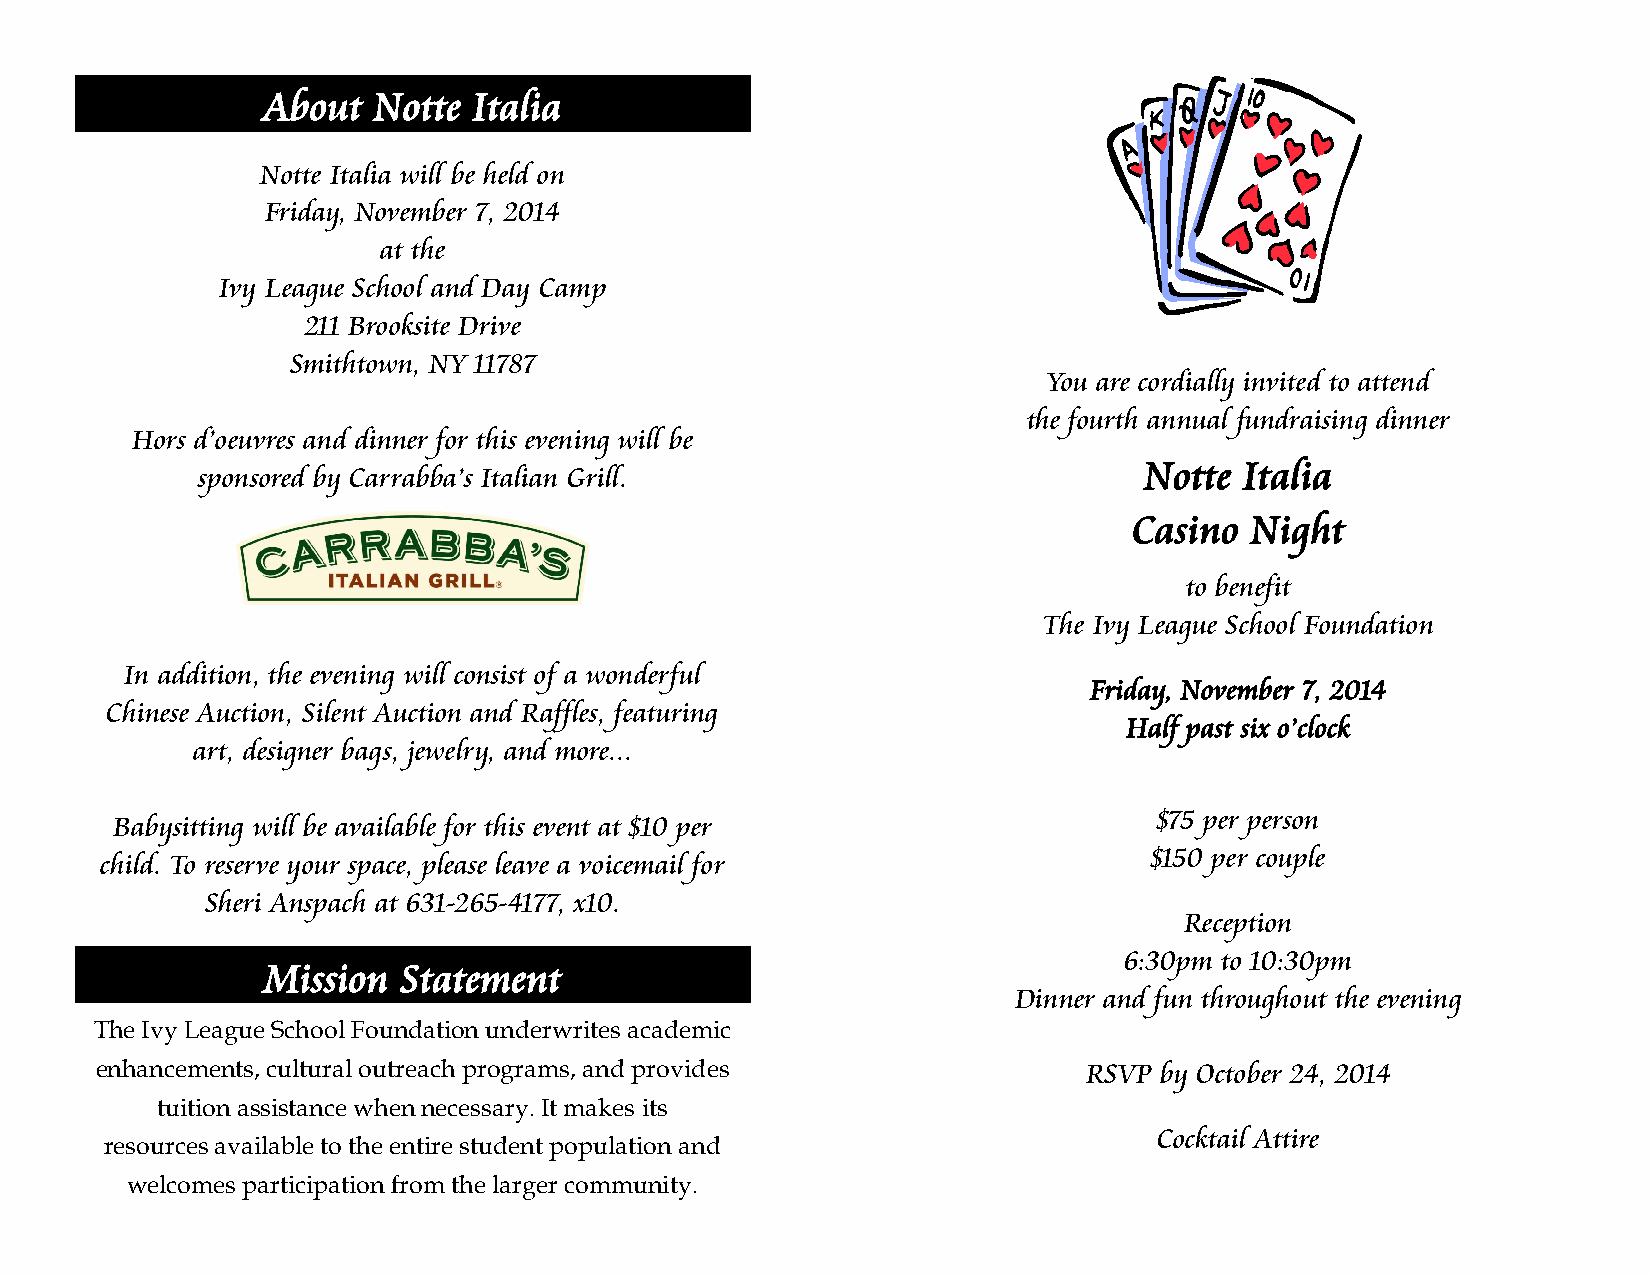
About   Notte Italia
 Notte Italia will be held on
 Friday, November 7, 2014
 at the
 Ivy League School and Day Camp
 211 Brooksite Drive
 Smithtown, NY 11787
 You are cordially invited to attend
 the fourth annual fundraising dinner
 Hors d’oeuvres and dinner for this evening will be
 Notte Italia
 sponsored by Carrabba’s Italian Grill.
 Casino  Night
 to benefit
 The Ivy League School Foundation
 In addition, the evening will consist of a wonderful
 Friday, November 7, 2014
 Chinese Auction, Silent Auction and Raffles, featuring
 Half past six o’clock
 art, designer bags, jewelry, and more...
 $75 per person
 Babysitting will be available for this event at $10 per
 $150 per couple
 child. To reserve your space, please leave a voicemail for
 Sheri Anspach at 631-265-4177, x10.
 Reception
 6:30pm to 10:30pm
 Mission  Statement
 Dinner and fun throughout the evening
 The Ivy League School Foundation underwrites academic
 enhancements, cultural outreach programs, and provides            RSVP by October 24, 2014
 tuition assistance when necessary. It makes its
 Cocktail Attire
 resources available to the entire student population and
 welcomes participation from the larger community.